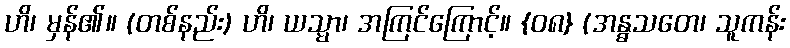
ဟိ၊ မှန်၏။ (တစ်နည်း) ဟိ၊ ယသ္မာ၊ အကြင်ကြောင့်။ {၀၈} (အန္ဓသတေ၊ သူကန်း